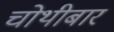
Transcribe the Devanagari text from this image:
चोथीबार